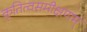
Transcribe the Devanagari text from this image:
कृतित्वसमीक्षणम्